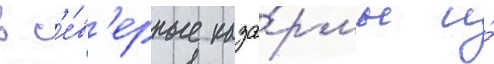
в с'е́в'ерные каза́рмы и́